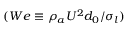
( W e \equiv \rho _ { a } { U } ^ { 2 } d _ { 0 } / \sigma _ { l } )